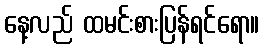
နေ့လည် ထမင်းစားပြန်ရင်ရော။